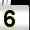
Digit: 5